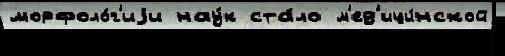
морфоло́г'иjи нау́к ста́ло м'ед'ици́нской